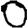
Digit: 0